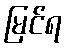
မြင်ရ